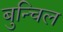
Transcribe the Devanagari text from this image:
बुन्चिल